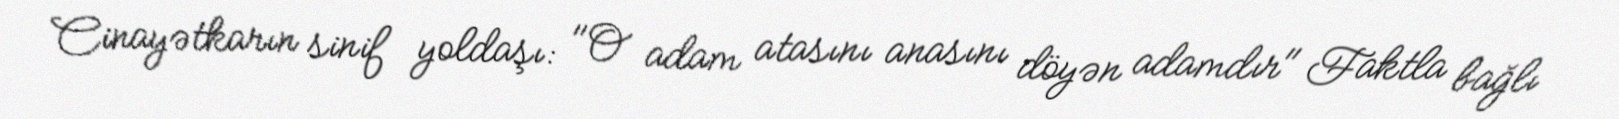
Cinayətkarın sinif yoldaşı: "O adam atasını anasını döyən adamdır" Faktla bağlı